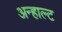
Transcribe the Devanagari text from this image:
अन्हाल्ट